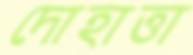
দোহাত্তা